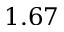
1 . 6 7